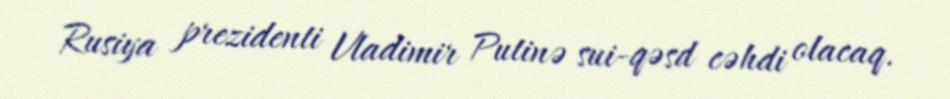
Rusiya prezidenti Vladimir Putinə sui-qəsd cəhdi olacaq.